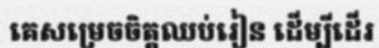
គេសម្រេចចិត្តឈប់រៀន ដើម្បីដើរ